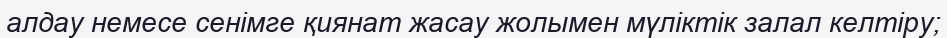
алдау немесе сенімге қиянат жасау жолымен мүліктік залал келтіру;